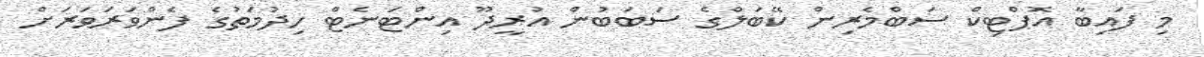
މި ފައިބާ އޮޕްޓިކް ސަބްމެރިން ކޭބަލްގެ ސަބަބުން އުރީދޫ އިންޓަނެޓް ހިދުމަތުގެ ފެންވަރަވަރަށް